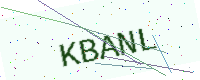
Text: KBANL